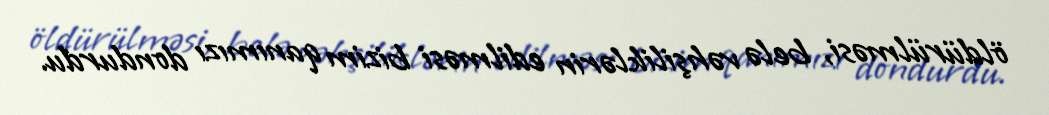
öldürülməsi, belə vəhşiliklərin edilməsi bizim qanımızı dondurdu.